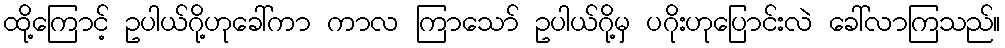
ထို့ကြောင့် ဥပါယ်ဂို့ဟုခေါ်ကာ ကာလ ကြာသော် ဥပါယ်ဂို့မှ ပဂိုးဟုပြောင်းလဲ ခေါ်လာကြသည်။